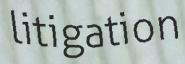
litigation